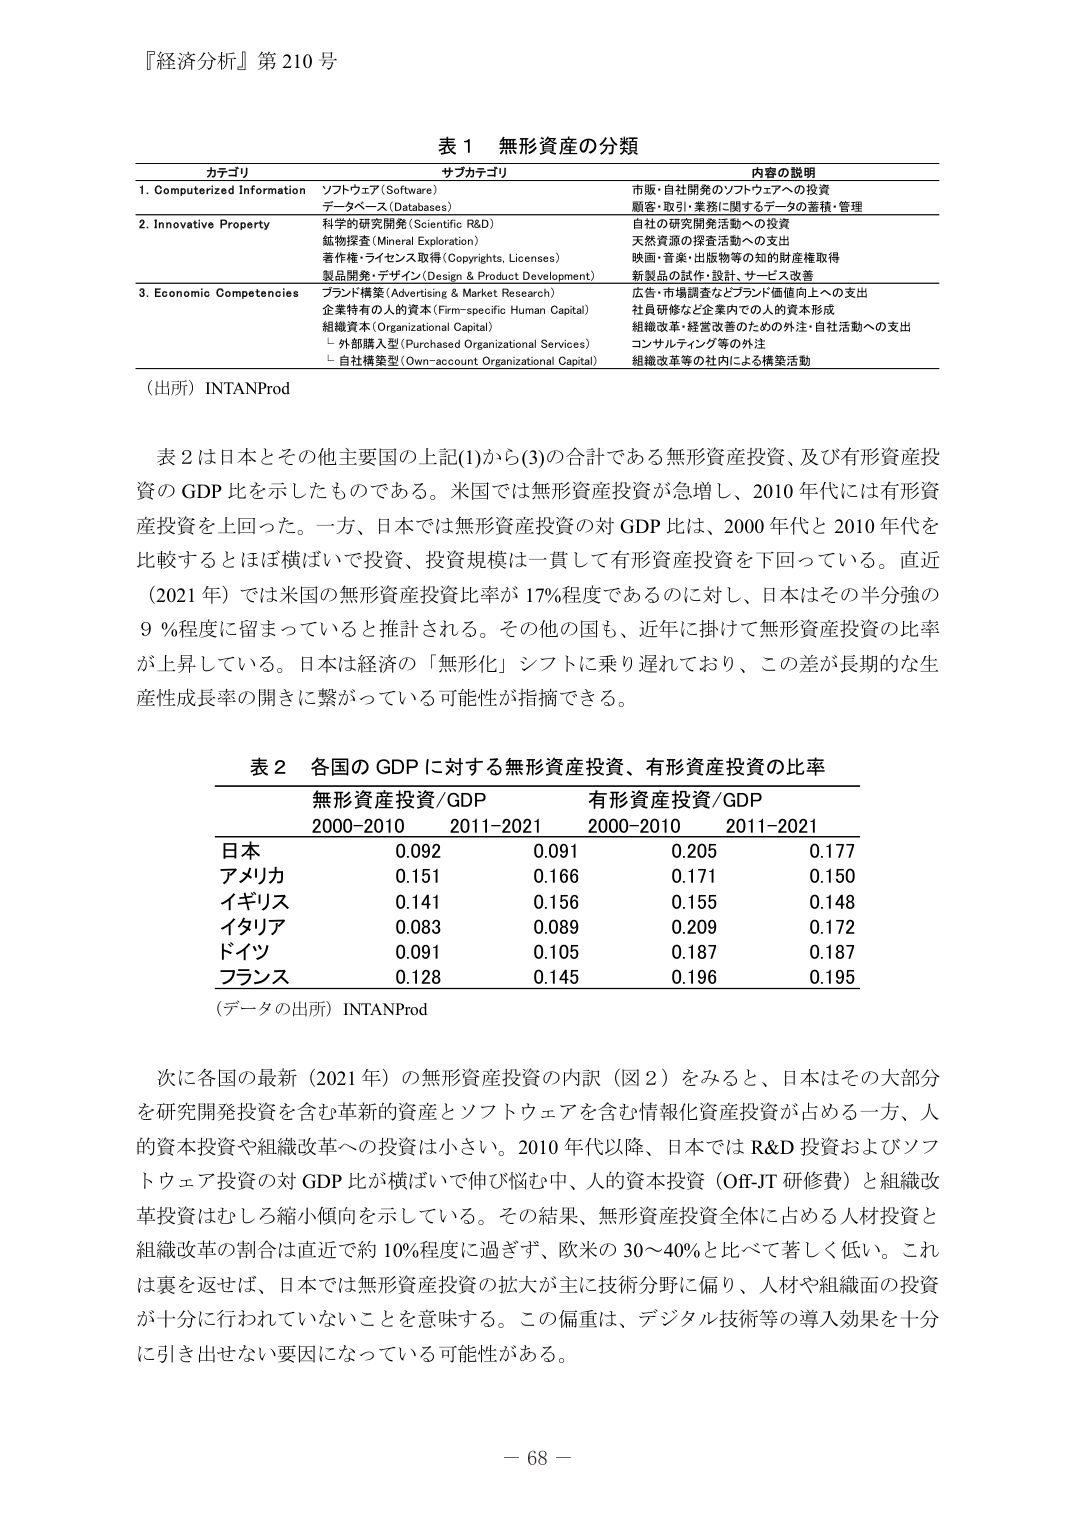
『経済分析』第210号

表1 無形資産の分類

カテゴリ サブカテゴリ 内容の説明
1. Computerized Information ソフトウェア(Software) 市販・自社開発のソフトウェアへの投資
 データベース(Databases) 顧客・取引・業務に関するデータの蓄積・管理
2. Innovative Property 科学的研究開発(Scientific R&D) 自社の研究開発活動への投資
 鉱物探査(Mineral Exploration) 天然資源の探査活動への支出
 著作権・ライセンス取得(Copyrights, Licenses) 映画・音楽・出版物等の知的財産権取得
 製品開発・デザイン(Design & Product Development) 新製品の試作・設計・サービス改善
3. Economic Competencies ブランド構築(Advertising & Market Research) 広告・市場調査などブランド価値向上への支出
 企業特有の人的資本(Firm-specific Human Capital) 社員研修など企業内で人的資本形成
 組織資本(Organizational Capital) 組織改革・経営改善のための外注・自社活動への支出
 　←外部購入型(Purchased Organizational Services) コンサルティング等の外注
 　←自社構築型(Own-account Organizational Capital) 組織改革等の社内による構築活動

（出所）INTANProd

表2は日本とその他主要国の上記(1)から(3)の合計である無形資産投資、及び有形資産投資のGDP比を示したものである。米国では無形資産投資が急増し、2010年代には有形資産投資を上回った。一方、日本では無形資産投資の対GDP比は、2000年代と2010年代を比較するとほぼ横ばいで投資、投資規模は一貫して有形資産投資を下回っている。直近（2021年）では米国の無形資産投資比率が17％程度であるのに対し、日本はその半分強の9％程度に留まっていると推計される。その他の国も、近年に掛けて無形資産投資の比率が上昇している。日本は経済の「無形化」シフトに乗り遅れており、この差が長期的な生産性成長率の開きに繋がっている可能性が指摘できる。

表2 各国のGDPに対する無形資産投資、有形資産投資の比率

無形資産投資/GDP 有形資産投資/GDP
2000-2010 2011-2021 2000-2010 2011-2021
日本 0.092 0.091 0.205 0.177
アメリカ 0.151 0.166 0.171 0.150
イギリス 0.141 0.156 0.155 0.148
イタリア 0.083 0.089 0.209 0.172
ドイツ 0.091 0.105 0.187 0.187
フランス 0.128 0.145 0.196 0.195

（データの出所）INTANProd

次に各国の最新（2021年）の無形資産投資の内訳（図2）をみると、日本はその大部分を研究開発投資を含む革新的資産とソフトウェアを含む情報化資産投資が占める一方、人的資本投資や組織改革への投資は小さい。2010年代以降、日本ではR&D投資およびソフトウェア投資の対GDP比が横ばいで伸び悩む中、人的資本投資（Off-JT研修費）と組織改革投資はむしろ縮小傾向を示している。その結果、無形資産投資全体に占める人材投資と組織改革の割合は直近で約10％程度に過ぎず、欧米の30～40％と比べて著しく低い。これは裏を返せば、日本では無形資産投資の拡大が主に技術分野に偏り、人材や組織面の投資が十分に行われていないことを意味する。この偏重は、デジタル技術等の導入効果を十分に引き出せない要因になっている可能性がある。

－68－